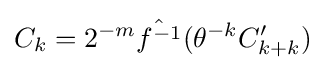
C_{k}=2^{-m}{\hat {f^{-1}}}(\theta ^{-k}C_{k+k}')